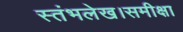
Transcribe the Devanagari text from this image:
स्तंभलेख।समीक्षा